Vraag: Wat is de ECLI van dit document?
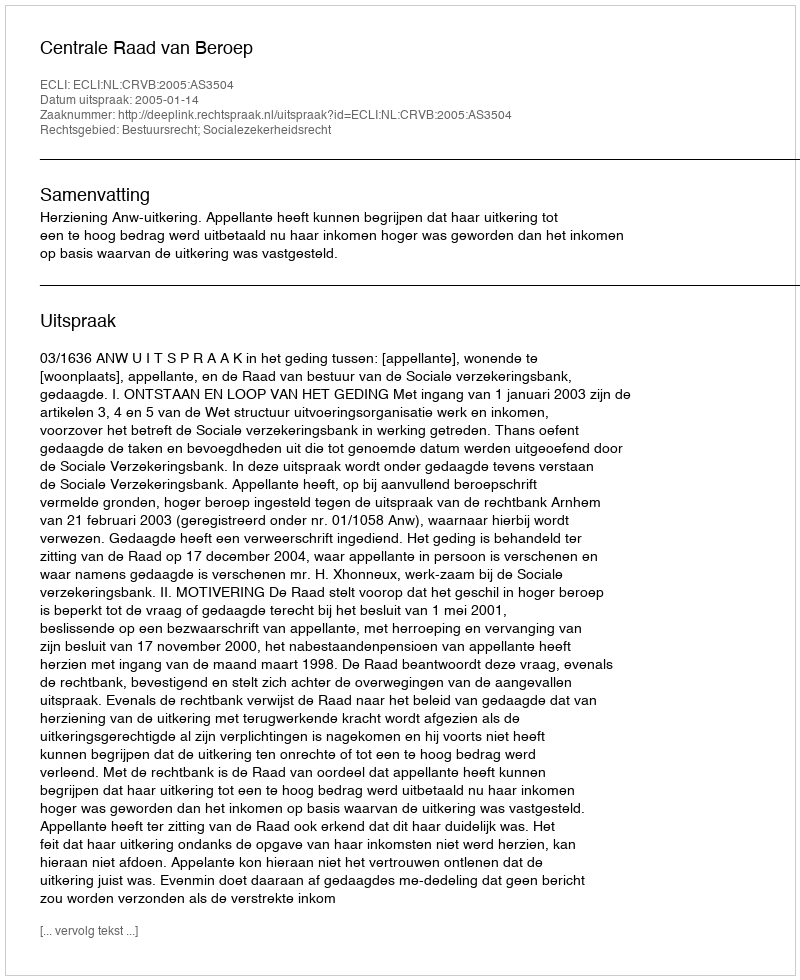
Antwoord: ECLI:NL:CRVB:2005:AS3504